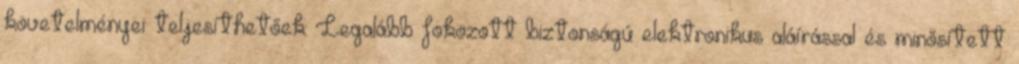
követelményei teljesíthetőek: Legalább fokozott biztonságú elektronikus aláírással és minősített